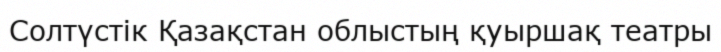
Солтүстік Қазақстан облыстың қуыршақ театры